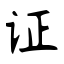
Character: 证